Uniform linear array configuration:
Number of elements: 4
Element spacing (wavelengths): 0.5
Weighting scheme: kaiser
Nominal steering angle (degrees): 15
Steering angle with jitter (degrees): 14.597
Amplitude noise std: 0.05
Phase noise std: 0.05

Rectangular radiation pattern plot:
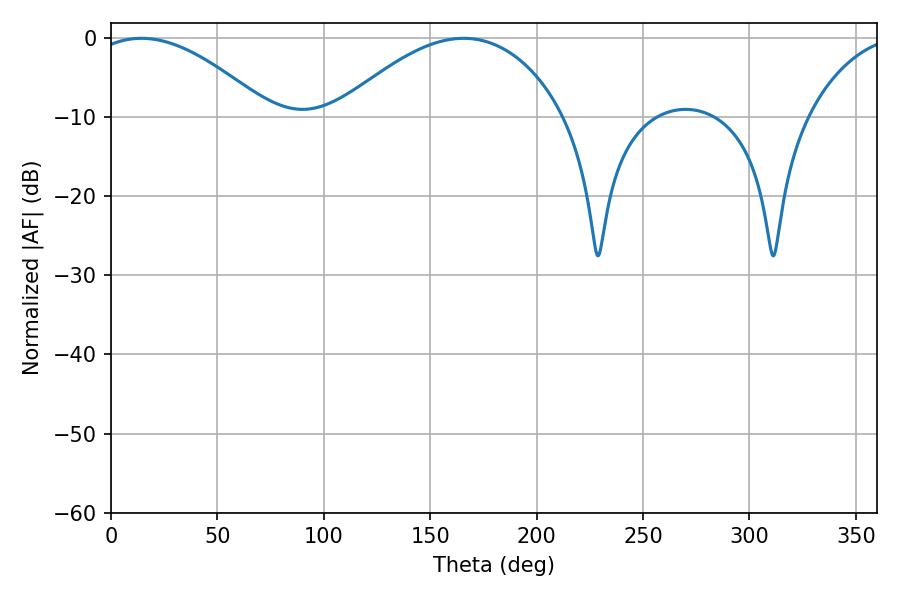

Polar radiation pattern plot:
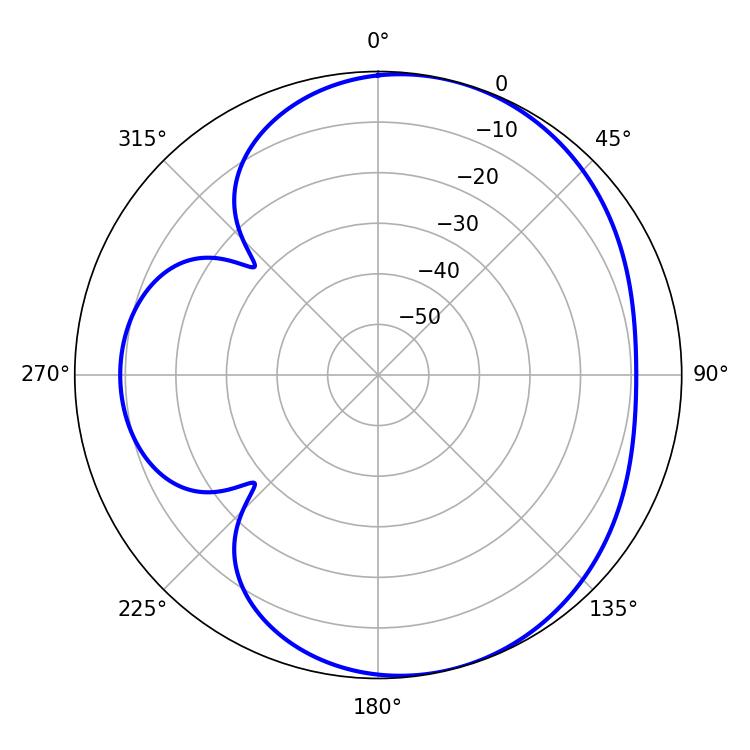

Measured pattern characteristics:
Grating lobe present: FALSE
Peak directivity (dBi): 5.234
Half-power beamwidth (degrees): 46.26
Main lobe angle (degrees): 14.22